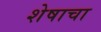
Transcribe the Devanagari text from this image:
शेषाचा